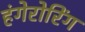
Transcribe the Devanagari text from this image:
हंगेरोरिंग